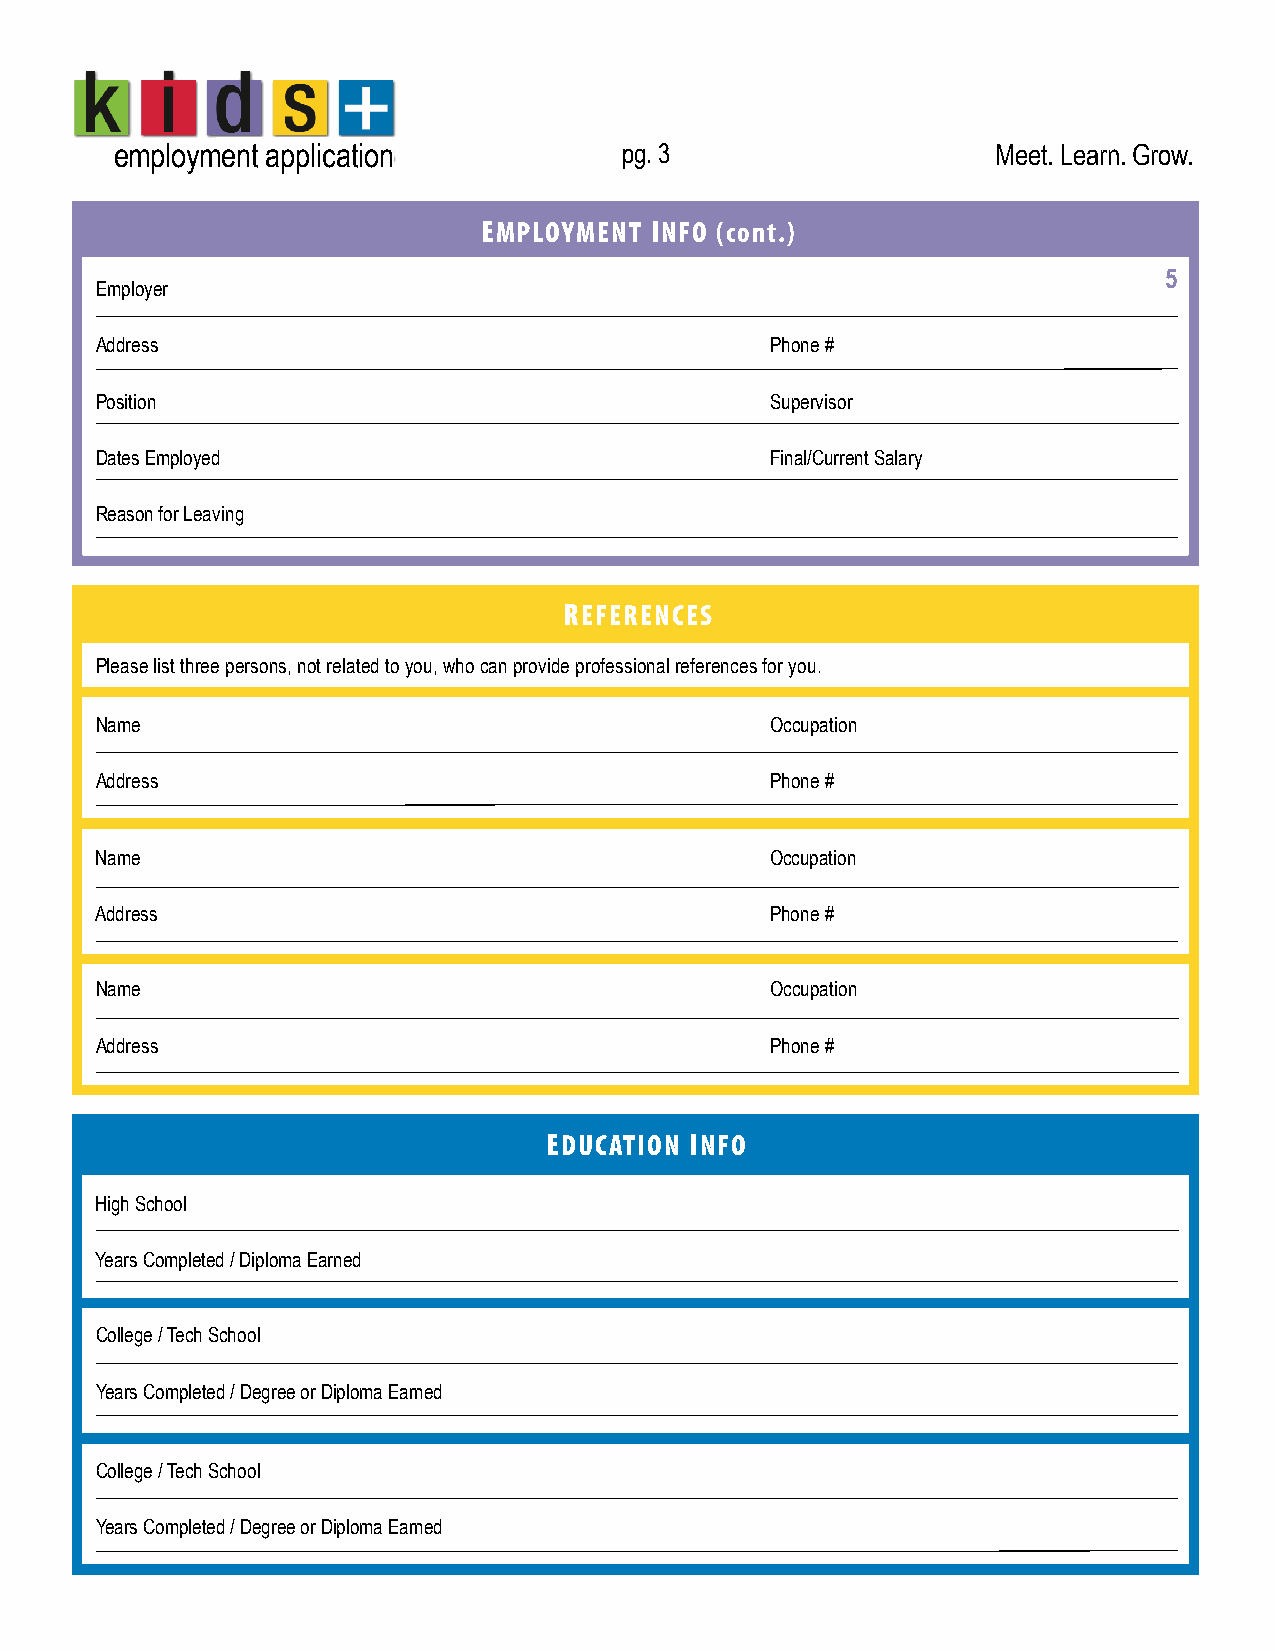
employment application           pg. 3                    Meet. Learn. Grow.
 EMPLOYMENT INFO (cont.)
 5
 Employer
 Address                                      Phone #
 Position                                     Supervisor
 Dates Employed                               Final/Current Salary
 Reason for Leaving
 REFERENCES
 Please list three persons, not related to you, who can provide professional references for you.
 Name                                         Occupation
 Address                                      Phone #
 Name                                         Occupation
 Address                                      Phone #
 Name                                         Occupation
 Address                                      Phone #
 EDUCATION INFO
 High School
 Years Completed / Diploma Earned
 College / Tech School
 Years Completed / Degree or Diploma Earned
 College / Tech School
 Years Completed / Degree or Diploma Earned